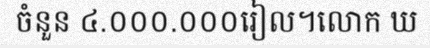
ចំនួន ៤.០០០.០០០រៀល។លោក ឃ